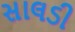
સાલડી